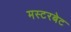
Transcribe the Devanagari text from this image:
मस्टरबेट